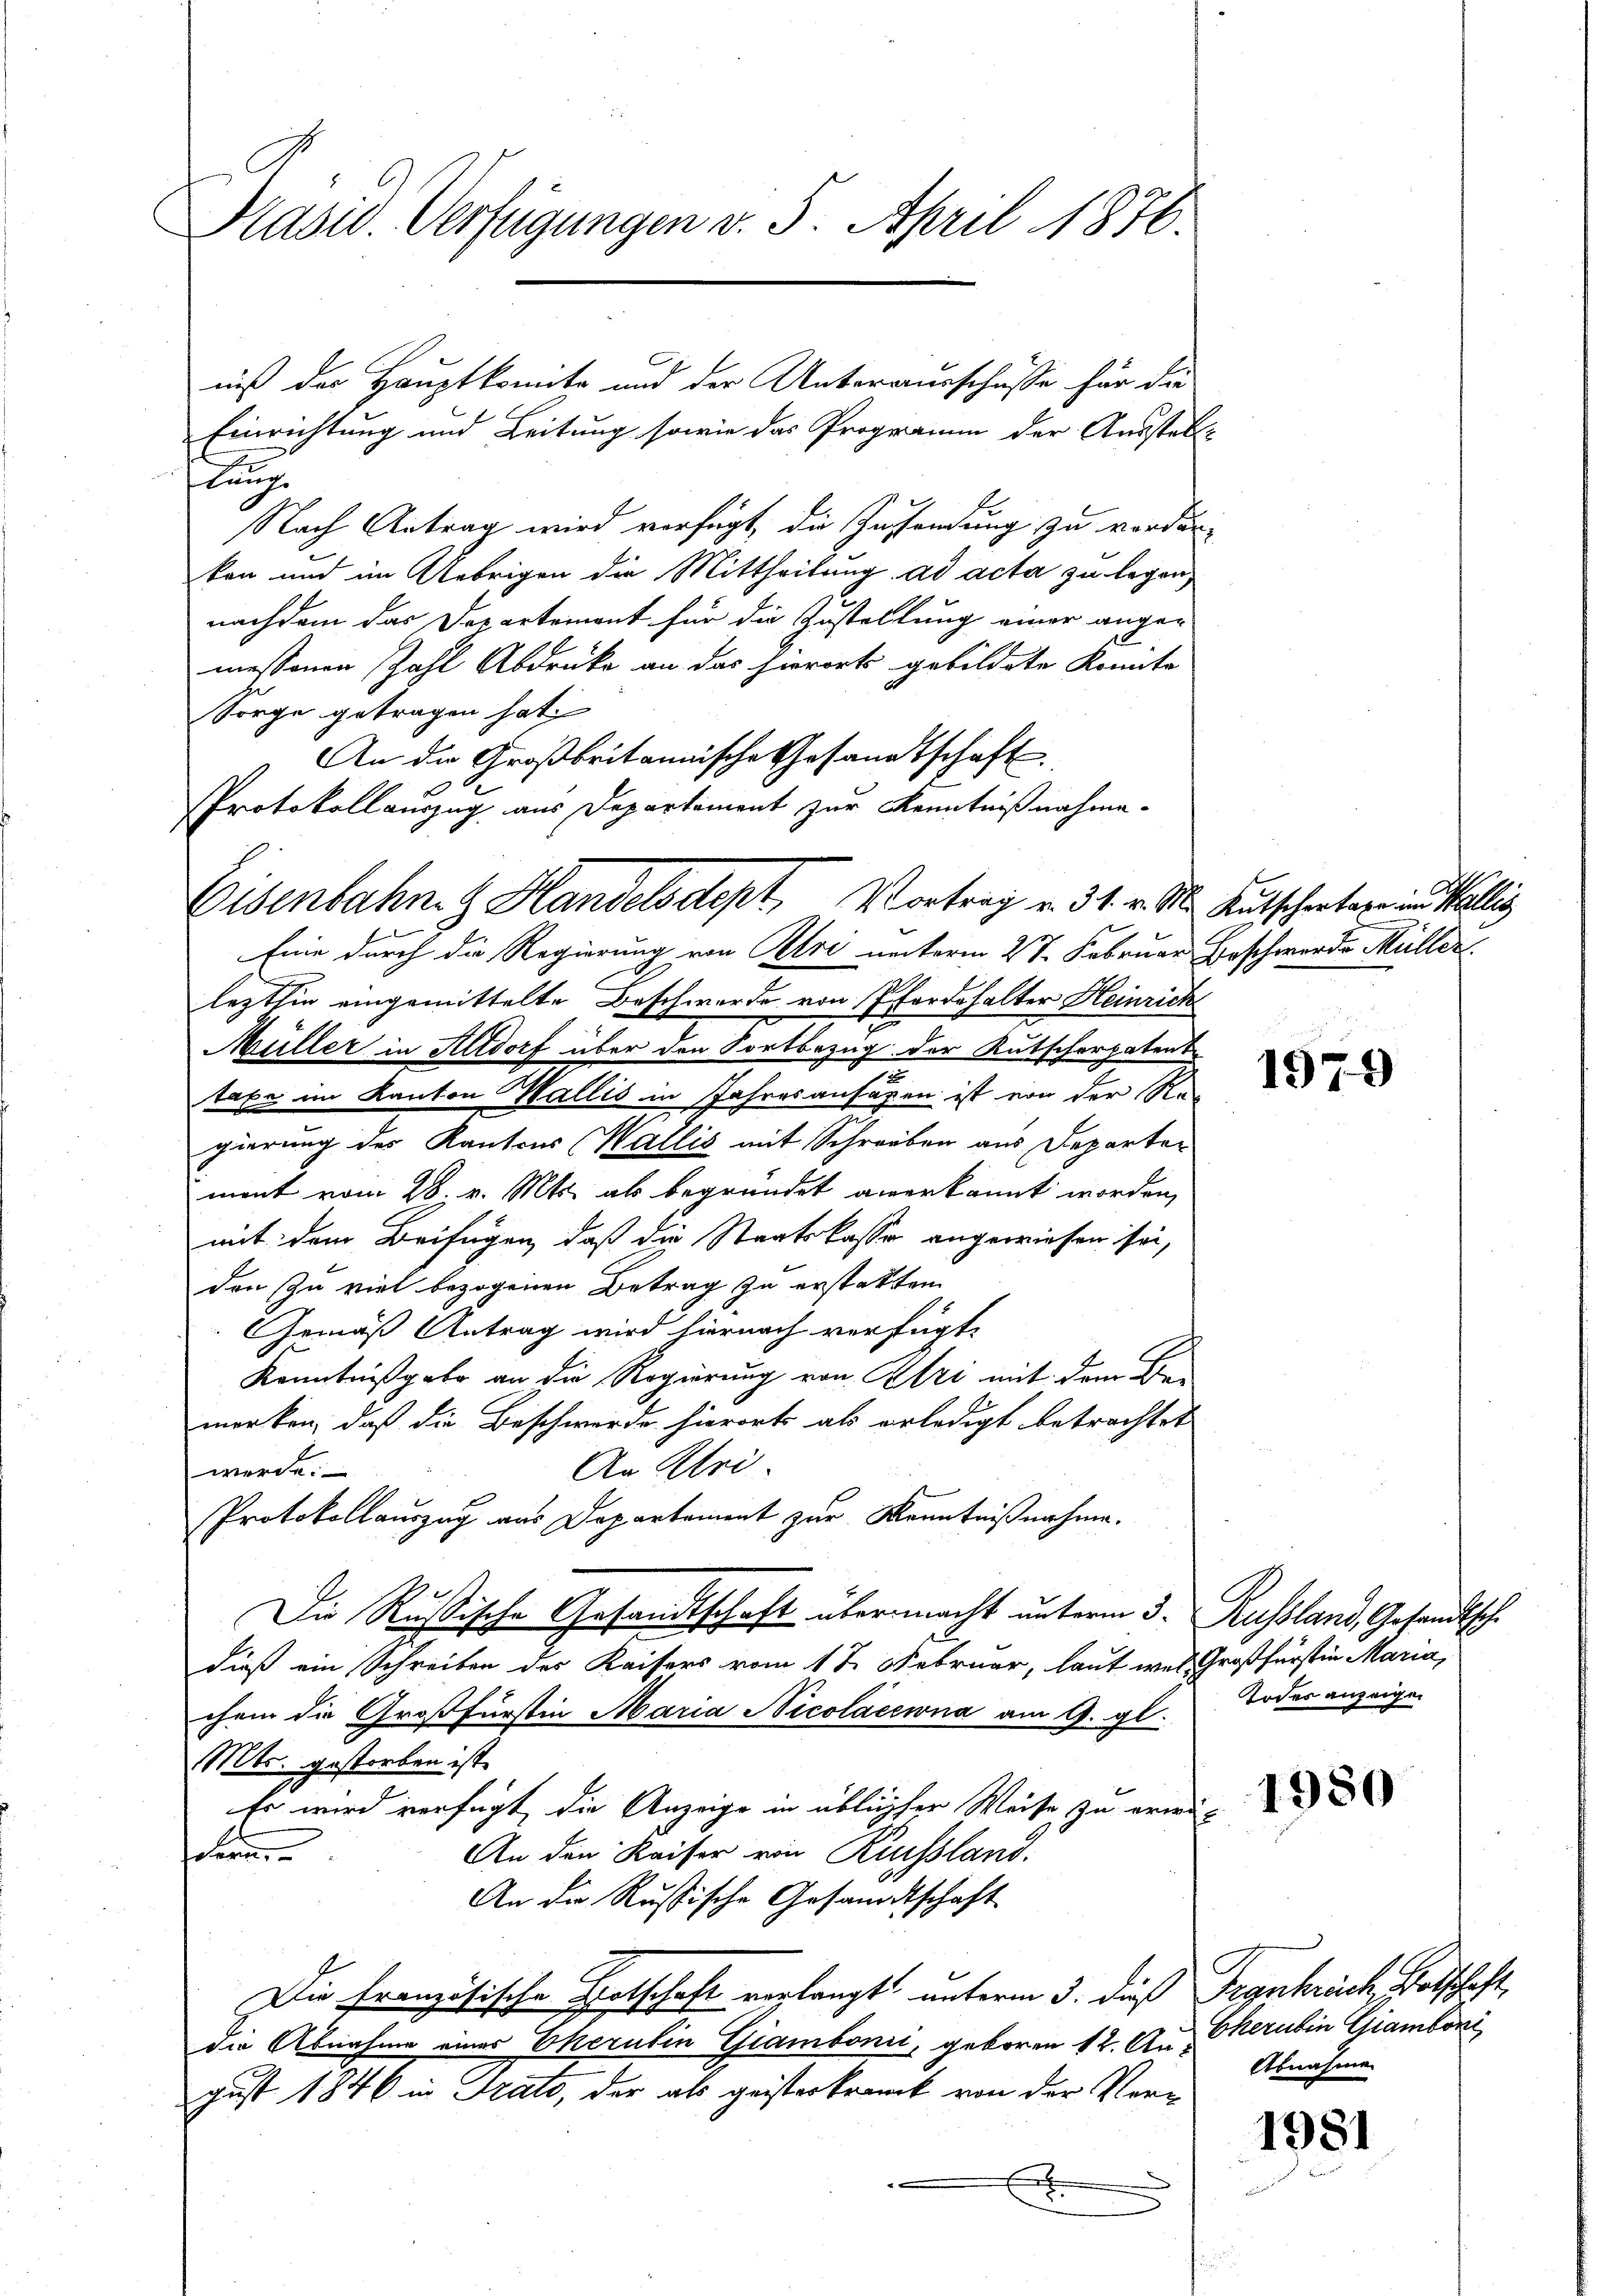
Prasw. Verfügungen v. 5. April 1876.

Einrichtung und Leitung sowie das Programm der Ausstell
lung
Nach Antrag wird verfügt, die Zusendung zu vorder-
kon und im Uebrigen die Mittheilung ad acta zu legen,
nachdem das Departement für die Zustellung einer ange-
messenen Zahl Abdruke an das hierorts gebildete konnte
Sorge getragen hat
An die Großbritannische Gesandtschaft
Protokollauszug aus Departement zur Kenntnißnahme.

Eisenbahn. G. Handelsdept, Vortrag v. 31. v. M.
Eine durch die Regierung von Buri unterm 27. Februar Beschwerde Müller

niß der Hauptkomite und der Unterausschüsse für die

lezthin eingemittelte Beschwerde von Pferdehalter Heinrich
Müller in Altdorf über den Fortbezug der Kutscherpatent
taxe im Kanton Wallis in Jahresansagen ist von der Re-
gierung des Kantons Wallis mit Schreiben aus Departen
ment vom 28. v. Mts. als begründet anerkannt worden,
mit dem Beifügen, daß die Staatskasse angewiesen sei,
den zu viel bezogenen Betrag zu erstatten
Gemäß Antrag wird hiernach verfügt,
Kenntnißgabe an die Regierung von Oeri mit dem Be-
merken, daß die Beschwerde hierort als erledigt betrachtet
An Pri
werde.
Protokollauszug aus Departement zur Kenntnißnahme.
Die Rußische Gesandtschaft übermacht unterm 3. Russland, Gesandtsch.
dieß ein Schreiben des Kaisers vom 1 t Februar, laut was Großfürstin Maria,
chem die Großfürstin Maria Nicolacewna am 9. gl.
Mts. gestorben ist.
Es wird verfügt, die Anzeige in üblicher Weise zu erwei¬
An den Kaiser von Russland.
oern
An die Russische Gesandtschaft
Die französische Botschaft verlangt unterm 3. dieß Frankrech, Botschaft
die Abnahme einer Okcrutin Giambonić, geboren 12. Aus
gust 1846 in Trato, der als geisterkranck von der Vert
.

Kutschertage in Wallig

1979

Todes anzeigen

1950

Cherubin Gramboni
Abnahme

1981